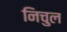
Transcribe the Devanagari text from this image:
निचुल